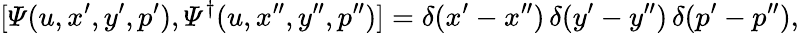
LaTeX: [{\mit\Psi}(u,x^{\prime},y^{\prime},p^{\prime}),{\mit\Psi}^{\dagger}(u,x^{\prime\prime},y^{\prime\prime},p^{\prime\prime})]=\delta(x^{\prime}-x^{\prime\prime})\, \delta(y^{\prime}-y^{\prime\prime})\, \delta(p^{\prime}-p^{\prime\prime}),